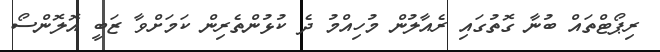
ރިޕޯޓްތައް ބުނާ ގޮތުގައި ރެއާލުން މުހިއްމު ދެ ކުޅުންތެރިން ކަމަށްވާ ޒަބީ އޮލޮންސޯ